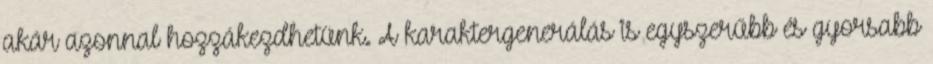
akár azonnal hozzákezdhetünk. A karaktergenerálás is egyszerűbb és gyorsabb